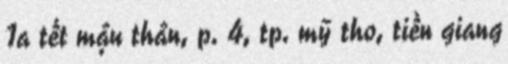
1a tết mậu thân, p. 4, tp. mỹ tho, tiền giang